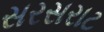
સરસરાટ